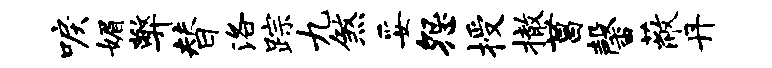
唳媚弊替洛踪九煞妥怨授撤菖馨蔽丹